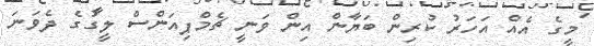
މީގެ އެއް އަހަރު ކުރިން ބަޔާން އިން ވަނީ ޗެމްޕިއަންސް ލީގުގެ ދެވަނަ